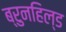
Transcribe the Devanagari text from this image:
ब्रुनहिल्ड